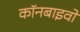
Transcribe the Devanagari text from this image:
कॉनबाइवों